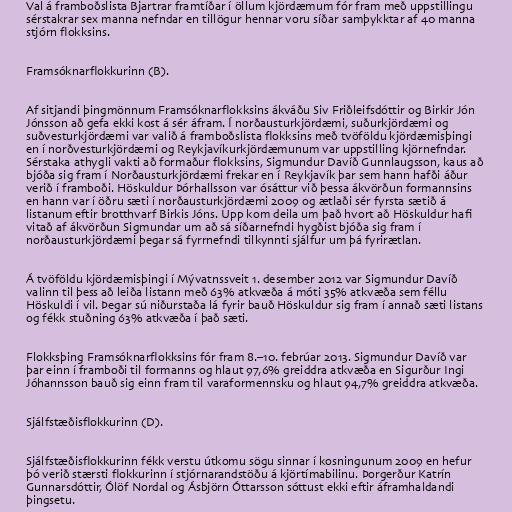
Val á framboðslista Bjartrar framtíðar í öllum kjördæmum fór fram með uppstillingu
sérstakrar sex manna nefndar en tillögur hennar voru síðar samþykktar af 40 manna
stjórn flokksins.

Framsóknarflokkurinn (B).

Af sitjandi þingmönnum Framsóknarflokksins ákváðu Siv Friðleifsdóttir og Birkir Jón
Jónsson að gefa ekki kost á sér áfram. Í norðausturkjördæmi, suðurkjördæmi og
suðvesturkjördæmi var valið á framboðslista flokksins með tvöföldu kjördæmisþingi
en í norðvesturkjördæmi og Reykjavíkurkjördæmunum var uppstilling kjörnefndar.
Sérstaka athygli vakti að formaður flokksins, Sigmundur Davíð Gunnlaugsson, kaus að
bjóða sig fram í Norðausturkjördæmi frekar en í Reykjavík þar sem hann hafði áður
verið í framboði. Höskuldur Þórhallsson var ósáttur við þessa ákvörðun formannsins
en hann var í öðru sæti í norðausturkjördæmi 2009 og ætlaði sér fyrsta sætið á
listanum eftir brotthvarf Birkis Jóns. Upp kom deila um það hvort að Höskuldur hafi
vitað af ákvörðun Sigmundar um að sá síðarnefndi hygðist bjóða sig fram í
norðausturkjördæmi þegar sá fyrrnefndi tilkynnti sjálfur um þá fyrirætlan.

Á tvöföldu kjördæmisþingi í Mývatnssveit 1. desember 2012 var Sigmundur Davíð
valinn til þess að leiða listann með 63% atkvæða á móti 35% atkvæða sem féllu
Höskuldi í vil. Þegar sú niðurstaða lá fyrir bauð Höskuldur sig fram í annað sæti listans
og fékk stuðning 63% atkvæða í það sæti.

Flokksþing Framsóknarflokksins fór fram 8.–10. febrúar 2013. Sigmundur Davíð var
þar einn í framboði til formanns og hlaut 97,6% greiddra atkvæða en Sigurður Ingi
Jóhannsson bauð sig einn fram til varaformennsku og hlaut 94,7% greiddra atkvæða.

Sjálfstæðisflokkurinn (D).

Sjálfstæðisflokkurinn fékk verstu útkomu sögu sinnar í kosningunum 2009 en hefur
þó verið stærsti flokkurinn í stjórnarandstöðu á kjörtímabilinu. Þorgerður Katrín
Gunnarsdóttir, Ólöf Nordal og Ásbjörn Óttarsson sóttust ekki eftir áframhaldandi
þingsetu.